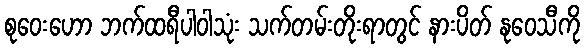
စုဝေးဟော ဘက်ထရီပါဝါသုံး သက်တမ်းတိုးရာတွင် နားပိတ် နုဝေသီကို